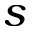
s